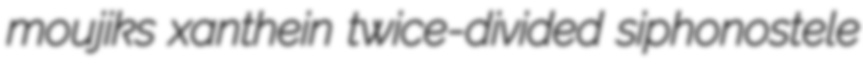
moujiks xanthein twice-divided siphonostele